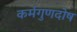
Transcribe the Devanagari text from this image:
कर्मगुणदोष